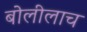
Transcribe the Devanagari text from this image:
बोलीलाच